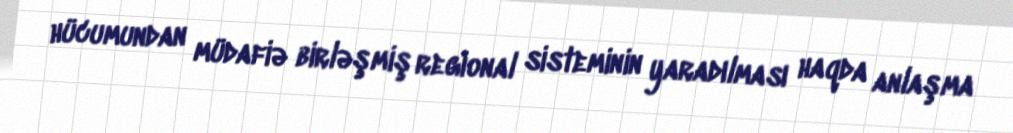
hücumundan müdafiə birləşmiş regional sisteminin yaradılması haqda anlaşma